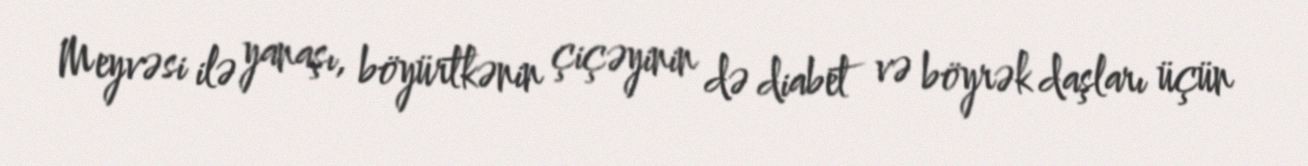
Meyvəsi ilə yanaşı, böyürtkənin çiçəyinin də diabet və böyrək daşları üçün